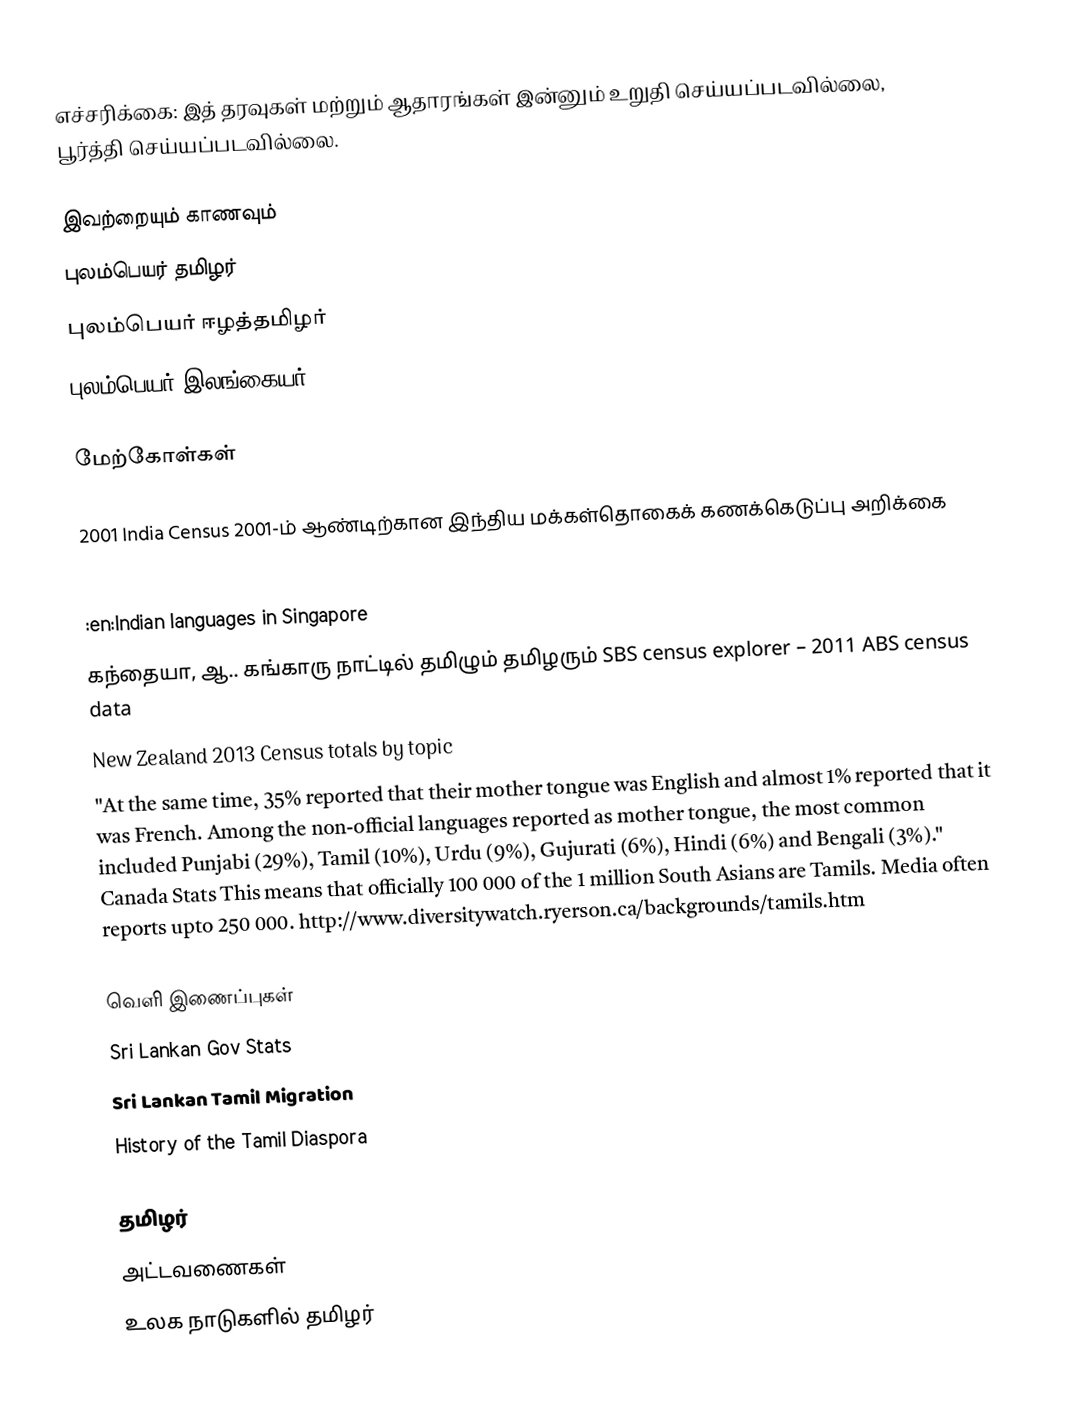
எச்சரிக்கை: இத் தரவுகள் மற்றும் ஆதாரங்கள் இன்னும் உறுதி செய்யப்படவில்லை, பூர்த்தி செய்யப்படவில்லை.

இவற்றையும் காணவும்
 புலம்பெயர் தமிழர்
 புலம்பெயர் ஈழத்தமிழர்
 புலம்பெயர் இலங்கையர்

மேற்கோள்கள்

  2001 India Census 2001-ம் ஆண்டிற்கான இந்திய மக்கள்தொகைக் கணக்கெடுப்பு அறிக்கை

  :en:Indian languages in Singapore
  கந்தையா, ஆ.. கங்காரு நாட்டில் தமிழும் தமிழரும்  SBS census explorer – 2011 ABS census data
  New Zealand 2013 Census totals by topic
  "At the same time, 35% reported that their mother tongue was English and almost 1% reported that it was French. Among the non-official languages reported as mother tongue, the most common included Punjabi (29%), Tamil (10%), Urdu (9%), Gujurati (6%), Hindi (6%) and Bengali (3%)." Canada Stats  This means that officially 100 000 of the 1 million South Asians are Tamils.  Media often reports upto 250 000.  http://www.diversitywatch.ryerson.ca/backgrounds/tamils.htm

வெளி இணைப்புகள்
 Sri Lankan Gov Stats
 Sri Lankan Tamil Migration
 History of the Tamil Diaspora

தமிழர்
அட்டவணைகள்
உலக நாடுகளில் தமிழர்